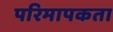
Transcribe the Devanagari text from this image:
परिमापकता